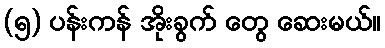
(၅) ပန်းကန် အိုးခွက် တွေ ဆေးမယ်။